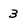
Character: 3